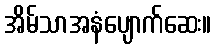
အိမ်သာအနံပျောက်ဆေး။